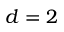
d = 2